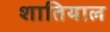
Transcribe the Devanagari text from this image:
शातियाल